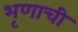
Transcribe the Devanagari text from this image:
भृणाची